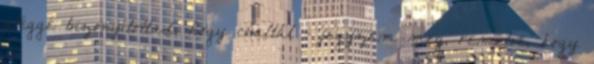
eléggé bizonyítottad, hogy csaltál - jegyzem meg, remélve, hogy